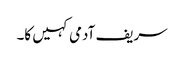
سریف آدمی کہیں کا۔